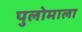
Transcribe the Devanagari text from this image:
पुलोमाला